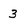
Character: 3